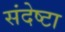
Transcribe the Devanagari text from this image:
संदेष्टा